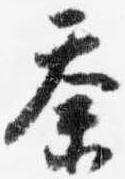
奈